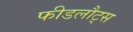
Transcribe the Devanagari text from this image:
फीडलौट्स